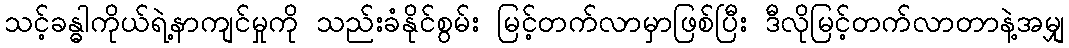
သင့်ခန္ဓါကိုယ်ရဲ့နာကျင်မှုကို သည်းခံနိုင်စွမ်း မြင့်တက်လာမှာဖြစ်ပြီး ဒီလိုမြင့်တက်လာတာနဲ့အမျှ